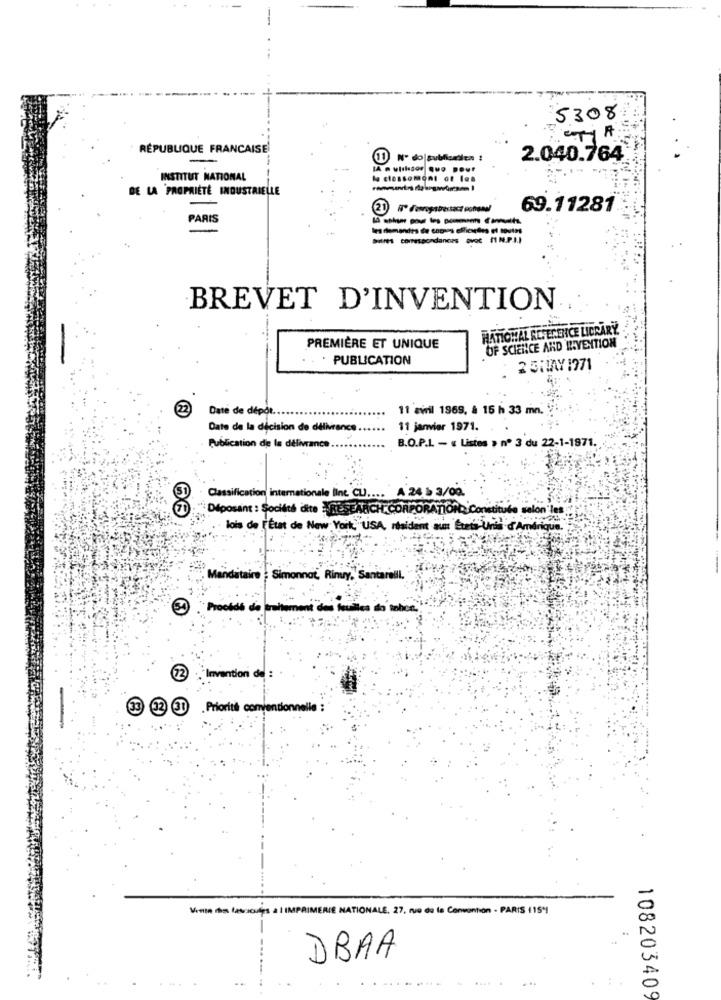
T
5308
RÉPUBLIQUE FRANCAISE
(T
2.040.764
INSTITUT NATIONAL
le clossomont ot les
DE LA PROPRIÉTÉ INDUSTRIELLE
69.11281
PARIS
les demandes de capers efficsedes et toutes
Sans comersacadances avec IN.P.I.
BREVET D'INVENTION
RATIONAL REFERENCE LICRARY.
PREMIÈRE ET UNIQUE
OF SCIENCE AND INVENTION
PUBLICATION
2 5MAY 1971
2
Date de dépôt ..
11 avril 1969, à 15 h 33 mn.
Date de la décision de délivrance.
11 janvier 1971.
B.O.P.L. - « Listes , nº 3 du 22-1-1971.
Publication de la délivrance
A 24 1 3/00
Classification internationale line CLJ ....
Diposant : Société dite RESEARCH CORPORATION
on les
lois de L'État de New York, USA, resident aux Suis Unie d'And
Simonnot, Rinuy," Santareli.
Procédé de ruiter
12
."Invention de :
33 12 TT . Priorité convention
Vinn de labucules a I IMPA
MERIE NATIONALE. 27, rue de la Convention - PARIS 115'I
DBAA
108203409